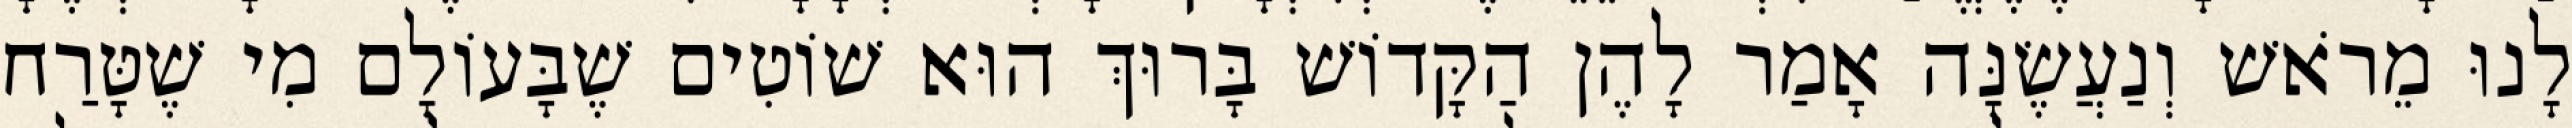
לָנוּ מֵרֹאשׁ וְנַעֲשֶׂנָּה אָמַר לָהֶן הַקָּדוֹשׁ בָּרוּךְ הוּא שׁוֹטִים שֶׁבָּעוֹלָם מִי שֶׁטָּרַח